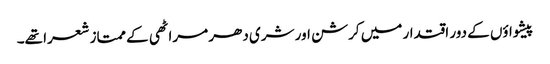
پیشواؤں کے دور اقتدار میں کرشن اور شری دھر مراٹھی کے ممتاز شعرا تھے۔